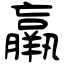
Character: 羸